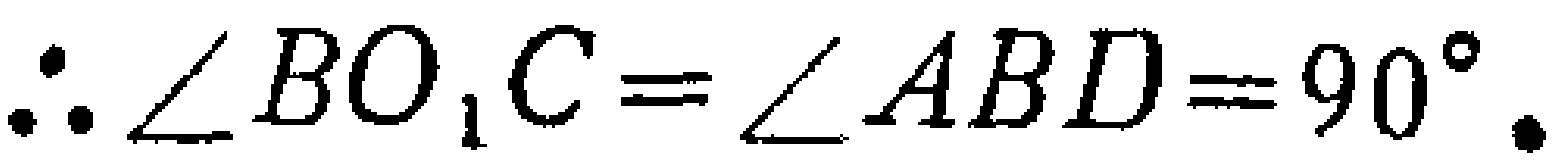
\(\therefore \angle BO_{1}C = \angle ABD = 90^{\circ}.\)